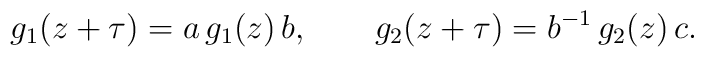
g_1(z+\tau)=a\,g_1(z)\,b,\qquad g_2(z+\tau)=b^{-1}\,g_2(z)\,c.